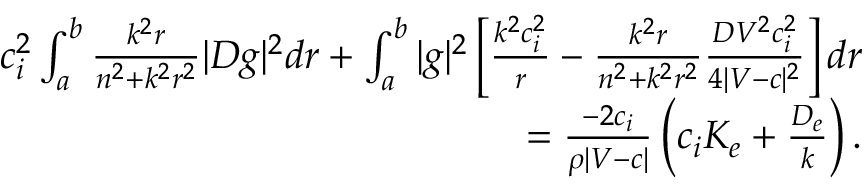
\begin{array} { r } { c _ { i } ^ { 2 } \int _ { a } ^ { b } \frac { k ^ { 2 } r } { n ^ { 2 } + k ^ { 2 } r ^ { 2 } } | D g | ^ { 2 } d r + \int _ { a } ^ { b } | g | ^ { 2 } \left[ \frac { k ^ { 2 } c _ { i } ^ { 2 } } { r } - \frac { k ^ { 2 } r } { n ^ { 2 } + k ^ { 2 } r ^ { 2 } } \frac { D V ^ { 2 } c _ { i } ^ { 2 } } { 4 | V - c | ^ { 2 } } \right] d r } \\ { = \frac { - 2 c _ { i } } { \rho | V - c | } \left( c _ { i } K _ { e } + \frac { D _ { e } } { k } \right) . } \end{array}